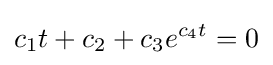
c_{1}t+c_{2}+c_{3}e^{c_{4}t}=0